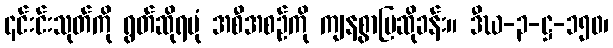
၎င်းင်းသုတ်ကို ရွတ်ဆိုရပုံ အစီအစဉ်ကို ကျနစွာပြဆိုခန်း။ ဒီဃ-၃-ဋ္ဌ-၁၅၀၊